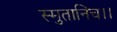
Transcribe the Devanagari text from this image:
स्मुतानिच।।